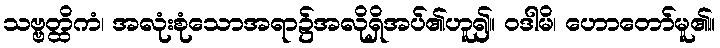
သဗ္ဗတ္ထိကံ၊ အလုံးစုံသောအရာ၌အလိုရှိအပ်၏ဟူ၍။ ဝဒါမိ၊ ဟောတော်မူ၏။